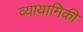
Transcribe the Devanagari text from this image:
व्यायामिकी